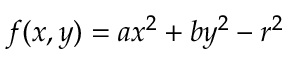
f ( x , y ) = a x ^ { 2 } + b y ^ { 2 } - r ^ { 2 }